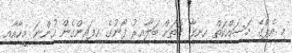
މި އެޕްގެ މަސައްކަތް ހިނގާ ގޮތަށް ބަލާއިރު ފޯނުގެ ހިފައިންގެން ހުންނަ މީހާއާއި